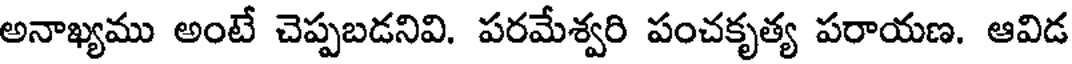
అనాఖ్యము అంటే చెప్పబడనివి. పరమేశ్వరి పంచకృత్య పరాయణ. ఆవిడ